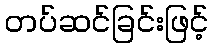
တပ်ဆင်ခြင်းဖြင့်